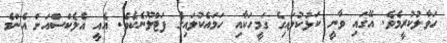
ހަވާލުކުރީމެވެ. އޭގައި ވާނީ ކަޅުކުލައިގެ ގަމީހަކާއި ހަމައެކުލައިގެ ފަޓްލޫނެކެވެ. އެއީ އެލެކްސްއަށް އެންމެ